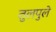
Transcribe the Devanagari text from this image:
तुलपुले